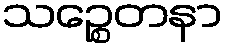
သဉ္စေတနာ